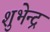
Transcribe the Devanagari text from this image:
शुभेन्द्र